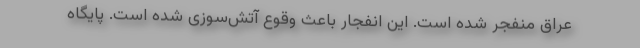
عراق منفجر شده است. این انفجار باعث وقوع آتش‌سوزی شده است. پایگاه